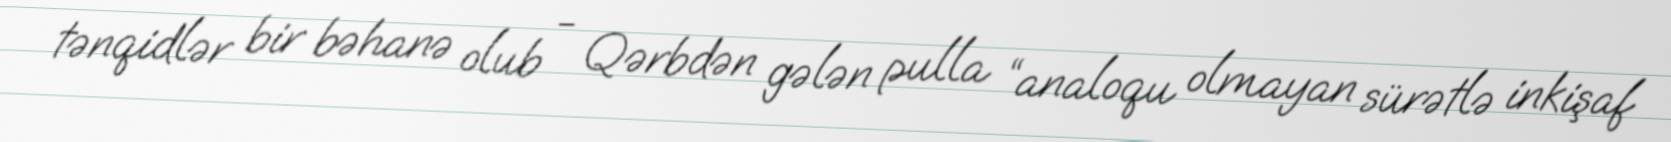
tənqidlər bir bəhanə olub - Qərbdən gələn pulla “analoqu olmayan sürətlə inkişaf